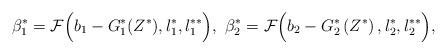
LaTeX: \begin{align*}\beta_1^*=\mathcal{F}\Big(b_1-G_1^*({Z^*}),l_1^{*},l_1^{**}\Big),~\beta_2^*=\mathcal{F}\Big(b_2-G_2^*\left(Z^*\right),l_2^{*},l_2^{**}\Big),\end{align*}